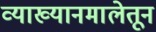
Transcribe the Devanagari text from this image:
व्याख्यानमालेतून